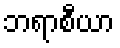
ဘရာစီယာ